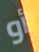
أو